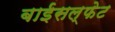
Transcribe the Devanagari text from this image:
बाईसल्फेट